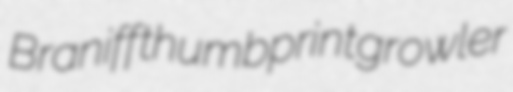
Braniff thumbprint growler